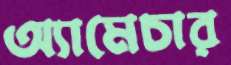
অ্যামেচার